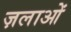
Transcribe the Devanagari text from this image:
ज़लाओं